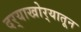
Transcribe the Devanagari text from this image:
दर्‍याखोर्‍यातून